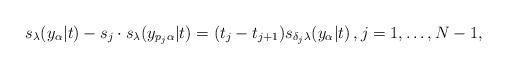
LaTeX: \begin{align*}s_{\lambda }(y_{\alpha }|t)-s_{j}\cdot s_{\lambda }(y_{p_{j}\alpha}|t)=(t_{j}-t_{j+1})s_{\delta _{j}\lambda }(y_{\alpha }|t)\,,j=1,\ldots ,N-1, \end{align*}